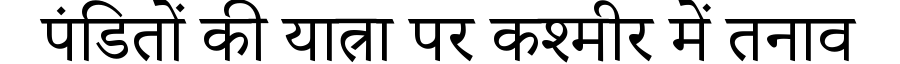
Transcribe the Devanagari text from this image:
पंडितों की यात्रा पर कश्मीर में तनाव